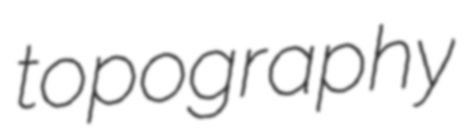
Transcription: topography